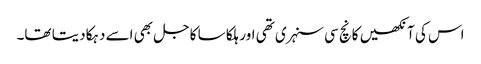
اس کی آنکھیں کانچ سی سنہری تھی اور ہلکا سا کاجل بھی اسے دہکا دیتا تھا۔